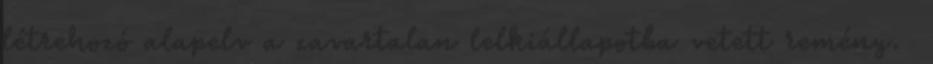
létrehozó alapelv a zavartalan lelkiállapotba vetett remény.